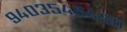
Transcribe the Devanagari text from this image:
९४०३५४५४५०